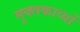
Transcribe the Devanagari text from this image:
मुक्तकाव्यों